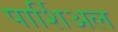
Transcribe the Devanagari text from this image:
पार्शिअल